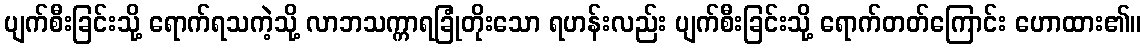
ပျက်စီးခြင်းသို့ ရောက်ရသကဲ့သို့ လာဘသက္ကာရခြုံတိုးသော ရဟန်းလည်း ပျက်စီးခြင်းသို့ ရောက်တတ်ကြောင်း ဟောထား၏။